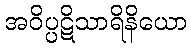
အဝိပ္ပဋိသာရိနိယော